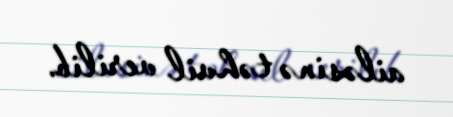
ailəsinə təhvil verilib.